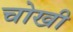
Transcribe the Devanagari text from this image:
चोखी